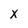
Character: x